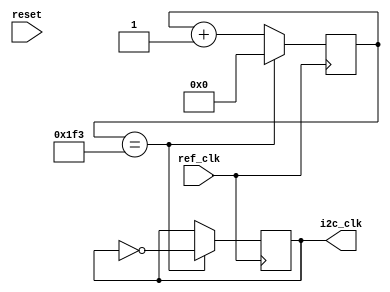
`timescale 1ns / 1ps
//////////////////////////////////////////////////////////////////////////////////
// Company: 
// Engineer: 
// 
// Design Name: 
// Module Name:    i2c_clk_divider 
// Project Name: 
// Target Devices: 
// Tool versions: 
// Description: 
//
// Dependencies: 
//
// Revision: 
// Revision 0.01 - File Created
// Additional Comments: 
//
//////////////////////////////////////////////////////////////////////////////////
module i2c_clk_divider(
    input wire reset,
    input wire ref_clk,
    output reg i2c_clk
    );
parameter DELAY = 1000;

reg [9:0] count = 0;
initial i2c_clk =0;
always @ (posedge ref_clk) begin
		
			if (count == ((DELAY/2)-1)) begin
			    i2c_clk= ~i2c_clk;
				 count = 0;
			end
			else begin
				count = count+1;
				end
		end
		
		

endmodule